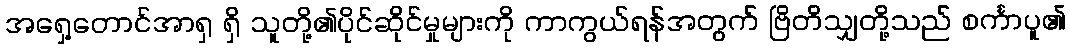
အရှေ့တောင်အာရှ ရှိ သူတို့၏ပိုင်ဆိုင်မှုများကို ကာကွယ်ရန်အတွက် ဗြိတိသျှတို့သည် စင်္ကာပူ၏